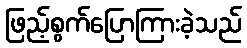
ဖြည့်စွက်ပြောကြားခဲ့သည်